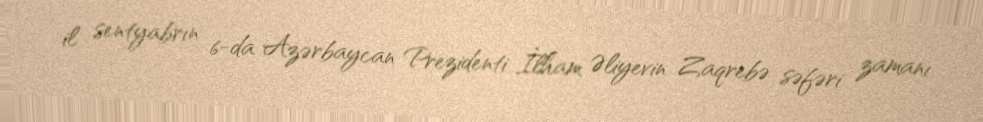
il sentyabrın 6-da Azərbaycan Prezidenti İlham Əliyevin Zaqrebə səfəri zamanı